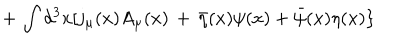
LaTeX: \, + \, \int d ^ { 3 } x [ j _ { \mu } ( x ) A _ { \mu } ( x ) \, + \, { \bar { \eta } } ( x ) \psi ( x ) + { \bar { \psi } } ( x ) \eta ( x ) \}